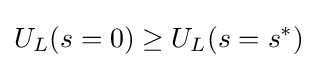
U_{L}(s=0)\geq U_{L}(s=s^{*})